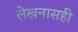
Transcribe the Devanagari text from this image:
लेखनासही